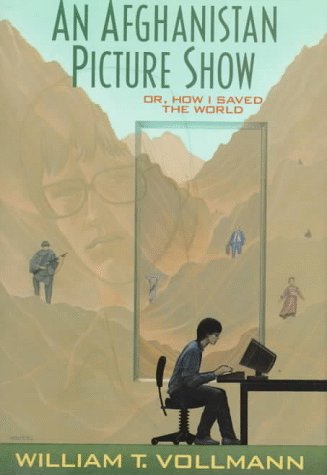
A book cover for An Afghanistan Picture Show: Or, How I Saved the World; William T. Vollmann; Travel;